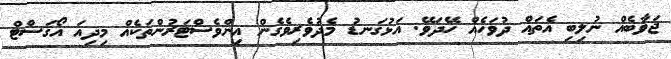
ޖަވާބެއް ނުލިބި އެތައް ދުވަހެއް ހޭދަވޭ. އަޅުގަނޑު މެދުވެރިވެގެން އިންވެސްޓަރުންތަކެއް މިދިއަ އޯގަސްޓް